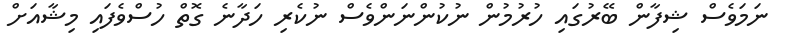
ނަމަވެސް ޝިފާން ބޭރުގައި ހުރުމުން ނުކުންނަންވެސް ނުކެރި ހަދާނެ ގޮތް ހުސްވެފައި މިޝާއަށް